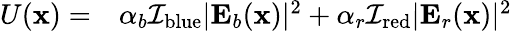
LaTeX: \begin{array}{rl}{U(\textbf{x})=}&{{}\alpha_{b}\mathcal{I}_{\mathrm{blue}}|\textbf{E}_{b}(\textbf{x})|^{2}+\alpha_{r}\mathcal{I}_{\mathrm{red}}|\textbf{E}_{r}(\textbf{x})|^{2}}\end{array}